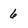
Character: 6